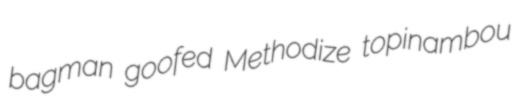
bagman goofed Methodize topinambou